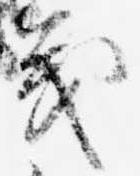
義